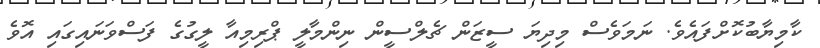
ކާމިޔާބުކޮށްފައެވެ. ނަމަވެސް މިދިޔަ ސީޒަން ޗެލްސީން ނިންމާލީ ޕްރިމިއާ ލީގުގެ ފަސްވަނައިގައި އޮވެ